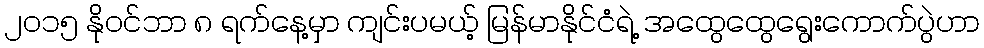
၂ဝ၁၅ နိုဝင်ဘာ ၈ ရက်နေ့မှာ ကျင်းပမယ့် မြန်မာနိုင်ငံရဲ့ အထွေထွေရွေးကောက်ပွဲဟာ